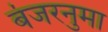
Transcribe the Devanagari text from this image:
बंजरनुमा